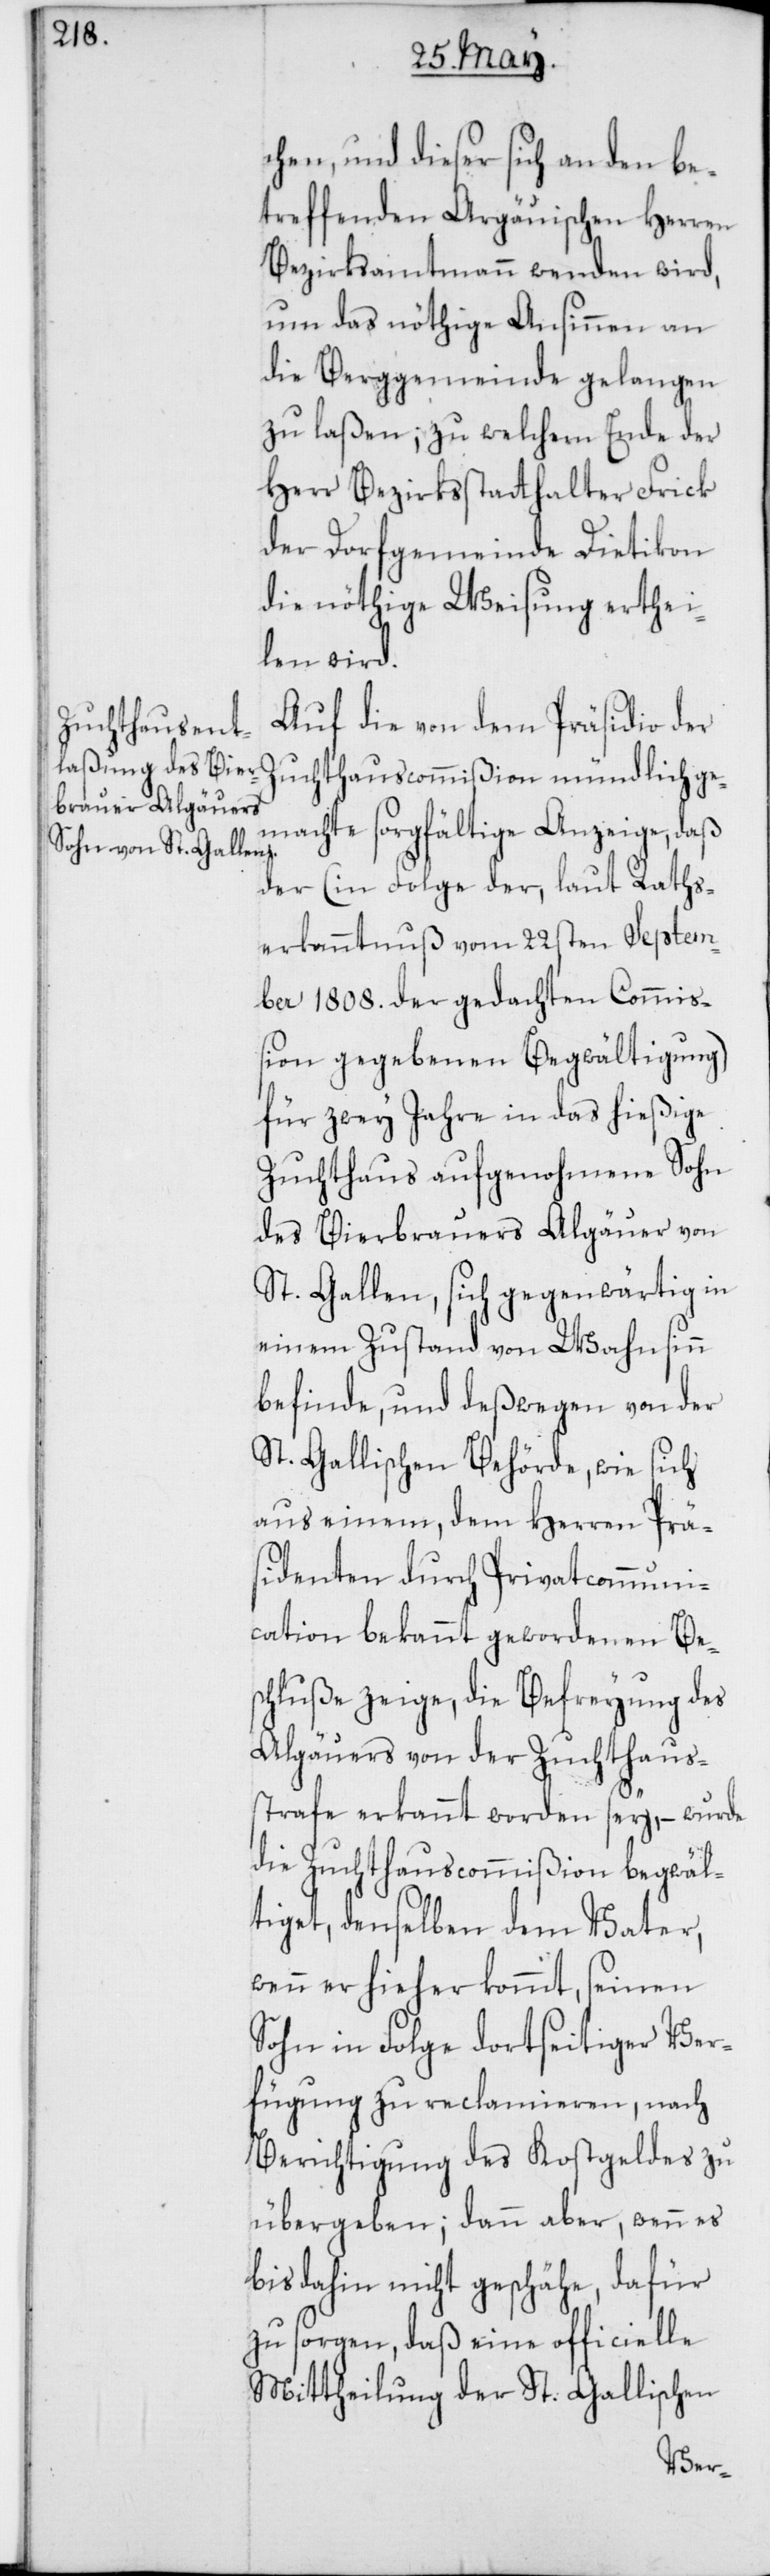
chen, und dieser sich an den be¬
treffenden Argauischen Herren
Bezirksammtmann wenden wird,
um das nöthige Ansinnen an
die Berggemeinde gelangen
zu laßen; zu welchem Ende der
Herr Bezirksstatthalter Frick
der Dorfgemeinde Dietikon
die nöthige Weisung erthei¬
len wird.
Auf die von dem Präsidio der
Zuchthaus-Commißion mündlich ge¬
machte sorgfältige Anzeige, daß
der (in Folge der, laut Raths¬
erkanntnus vom 22sten Septem¬
ber 1808. der gedachten Commiß¬
ion gegebenen Begwältigung)
für zwey Jahre in das hießige
Zuchthaus aufgenohmene Sohn
des Bierbrauers Algäuer von
St. Gallen, sich gegenwärtig in
einem Zustand von Wahnsinn
befinde, und deßwegen von der
St. Gallischen Behörde, wie sich
aus einem, dem Herren Präs¬
identen durch Privatcommuni¬
cation bekannt gewordenen Bes¬
chluße zeige, die Befreyung des
Algäuers von der Zuchthauß¬
trafe erkannt worden sey, – wurde
die Zuchthauscommißion begwäl¬
tiget, denselben dem Vater,
wenn er hieher kommt, seinen
Sohn in Folge dortseitiger Ver¬
fügung zu reclamieren, nach
Berichtigung des Kostgeldes zu
übergeben; dann aber, wenn es
bis dahin nicht geschähe, dafür
zu sorgen, daß eine officielle
Mittheilung der St. Gallischen